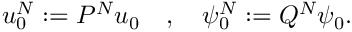
u _ { 0 } ^ { N } : = P ^ { N } u _ { 0 } \quad , \quad \psi _ { 0 } ^ { N } : = Q ^ { N } \psi _ { 0 } .